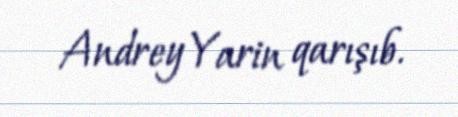
Andrey Yarin qarışıb.